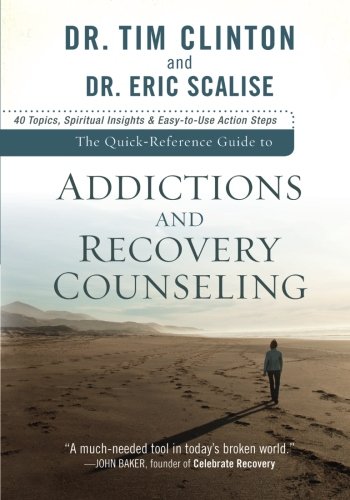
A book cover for The Quick-Reference Guide to Addictions and Recovery Counseling: 40 Topics, Spiritual Insights, and Easy-to-Use Action Steps; Dr. Tim Clinton; Christian Books & Bibles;